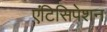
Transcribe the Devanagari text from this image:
एंटिसिपेशन